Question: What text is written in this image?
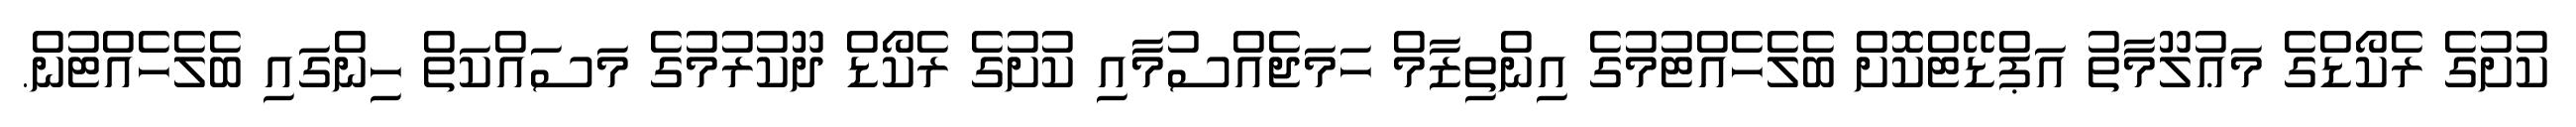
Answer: ކުށުގެ ރެކޯޑްގެ މަޢުލޫމާތު އަޕްޑޭޓްކޮށް ބެލެހެއްޓުމުގެ އިންތިޒާމް ހަމަޖެއްސުމާއި ކުށުގެ ރެކޯޑް ދޫކުރުމުގެ މަސައްކަތް ހިންގައި ބެލެހެއްޓުން.